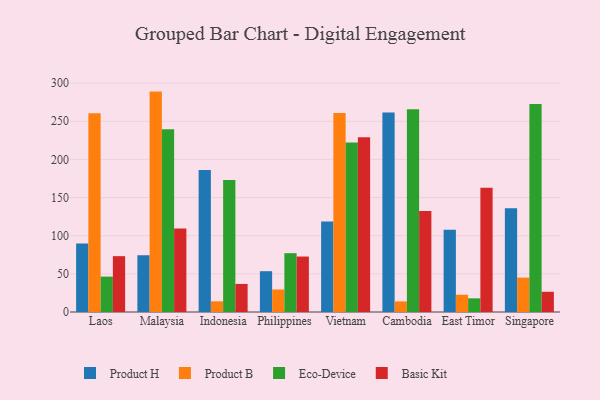
{"axis": {"x": "Country", "y": "Market Share (%)"}, "legend": ["Basic Kit", "Eco-Device", "Product B", "Product H"], "data": [{"x": "Laos", "y": 89.8, "type": "Product H"}, {"x": "Laos", "y": 260.4, "type": "Product B"}, {"x": "Laos", "y": 46.4, "type": "Eco-Device"}, {"x": "Laos", "y": 73.2, "type": "Basic Kit"}, {"x": "Malaysia", "y": 74.4, "type": "Product H"}, {"x": "Malaysia", "y": 288.9, "type": "Product B"}, {"x": "Malaysia", "y": 239.6, "type": "Eco-Device"}, {"x": "Malaysia", "y": 109.4, "type": "Basic Kit"}, {"x": "Indonesia", "y": 186.1, "type": "Product H"}, {"x": "Indonesia", "y": 14.0, "type": "Product B"}, {"x": "Indonesia", "y": 172.9, "type": "Eco-Device"}, {"x": "Indonesia", "y": 36.8, "type": "Basic Kit"}, {"x": "Philippines", "y": 53.5, "type": "Product H"}, {"x": "Philippines", "y": 29.5, "type": "Product B"}, {"x": "Philippines", "y": 77.1, "type": "Eco-Device"}, {"x": "Philippines", "y": 72.7, "type": "Basic Kit"}, {"x": "Vietnam", "y": 118.6, "type": "Product H"}, {"x": "Vietnam", "y": 260.7, "type": "Product B"}, {"x": "Vietnam", "y": 222.2, "type": "Eco-Device"}, {"x": "Vietnam", "y": 229.1, "type": "Basic Kit"}, {"x": "Cambodia", "y": 261.4, "type": "Product H"}, {"x": "Cambodia", "y": 13.9, "type": "Product B"}, {"x": "Cambodia", "y": 265.7, "type": "Eco-Device"}, {"x": "Cambodia", "y": 132.5, "type": "Basic Kit"}, {"x": "East Timor", "y": 107.7, "type": "Product H"}, {"x": "East Timor", "y": 22.6, "type": "Product B"}, {"x": "East Timor", "y": 17.9, "type": "Eco-Device"}, {"x": "East Timor", "y": 162.8, "type": "Basic Kit"}, {"x": "Singapore", "y": 136.0, "type": "Product H"}, {"x": "Singapore", "y": 45.1, "type": "Product B"}, {"x": "Singapore", "y": 272.8, "type": "Eco-Device"}, {"x": "Singapore", "y": 26.5, "type": "Basic Kit"}]}